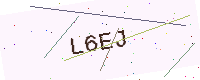
Text: L6EJ